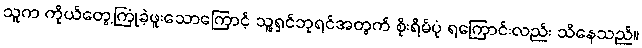
သူက ကိုယ်တွေ့ကြုံခဲ့ဖူးသောကြောင့် သူ့ရှင်ဘုရင်အတွက် စိုးရိမ်ပုံ ရကြောင်းလည်း သိနေသည်။